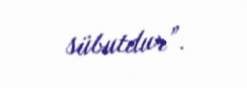
sübutdur”.